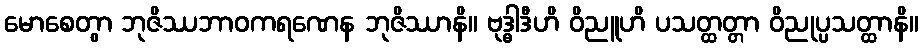
မောစေတွာ ဘုဇိဿဘာဝကရဏေန ဘုဇိဿာနိ။ ဗုဒ္ဓါဒီဟိ ဝိညူဟိ ပသတ္ထတ္တာ ဝိညုပ္ပသတ္ထာနိ။